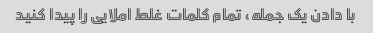
با دادن یک جمله، تمام کلمات غلط املایی را پیدا کنید